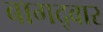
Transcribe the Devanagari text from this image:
बागद्वार